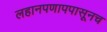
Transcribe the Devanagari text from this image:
लहानपणापपासूनच